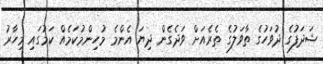
ޝަދަފުގެ ދުވަހުގެ ތާވަލުގެ ތެރެއަށް ވަދެގެން ދިޔަ އެންމެ މުހިންމުކަމެއް ކަމުގައި މިހާރު